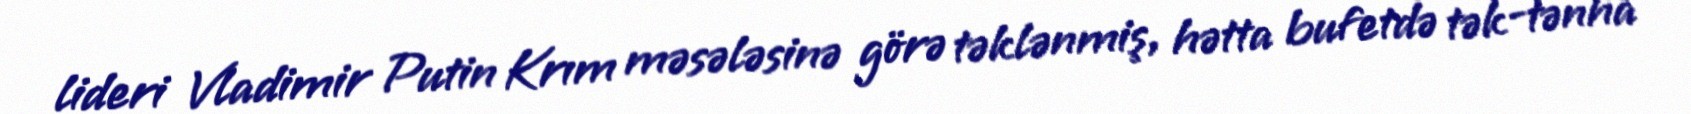
lideri Vladimir Putin Krım məsələsinə görə təklənmiş, hətta bufetdə tək-tənha